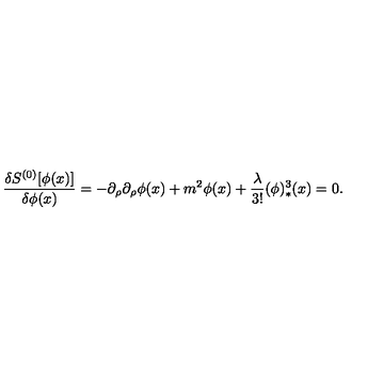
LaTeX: { \frac { \delta S ^ { ( 0 ) } [ \phi ( x ) ] } { \delta \phi ( x ) } } = - \partial _ { \rho } \partial _ { \rho } \phi ( x ) + m ^ { 2 } \phi ( x ) + { \frac { \lambda } { 3 ! } } ( \phi ) _ { * } ^ { 3 } ( x ) = 0 .